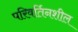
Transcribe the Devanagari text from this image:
परिवर्तिनशील